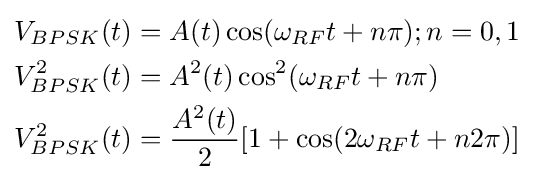
{\begin{aligned}V_{BPSK}(t)&{}=A(t)\cos(\omega _{RF}t+n\pi );n=0,1\\V_{BPSK}^{2}(t)&{}=A^{2}(t)\cos ^{2}(\omega _{RF}t+n\pi )\\V_{BPSK}^{2}(t)&{}={\frac {A^{2}(t)}{2}}[1+\cos(2\omega _{RF}t+n2{\pi })]\end{aligned}}